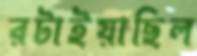
রটাইয়াছিল